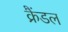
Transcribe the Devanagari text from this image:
क्रैंडल